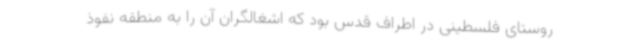
روستای فلسطینی در اطراف قدس بود که اشغالگران آن را به منطقه نفوذ